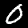
Label: 0